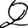
Digit: 2